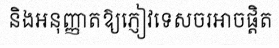
និងអនុញ្ញាតឱ្យភ្ញៀវទេសចរអាចផ្តិត